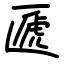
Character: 㔸